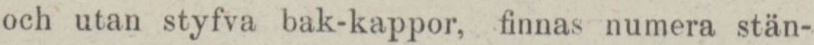
och utan styfva bak-kappor, finnas numera stän-